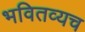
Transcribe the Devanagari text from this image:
भवितव्यच